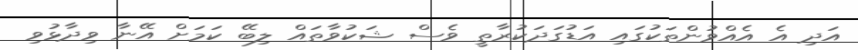
އަދި އެ އެއްވުންތަކުގައި އަޑުގަދަކުރާތީ ވެސް ޝަކުވާތައް ލިބޭ ކަމަށް އޭނާ ވިދާޅުވި